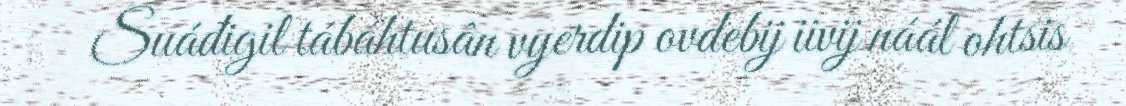
Suáđigil tábáhtusân vyerdip ovdebij iivij náál ohtsis